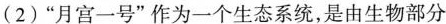
(2)”月宫一号”作为一个生态系统，是由生物部分